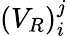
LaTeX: (V_{R})_{i}^{j}